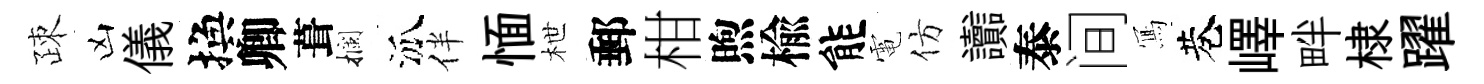
疎凶儀換卿葺攔泒伴愐枻郵柑煦楡能電仿讟泰间𭂁巷嶧畔棣躍